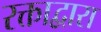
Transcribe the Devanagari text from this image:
रक्ताद्वारा